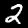
Digit: 2